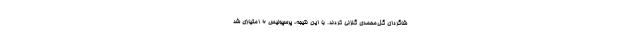
شاگردان گل‌محمدی گلزنی کردند. با این نتیجه، پرسپولیس ۶ امتیازی شد